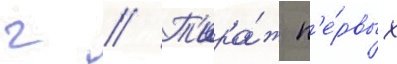
г // Т'ира́ж п'е́рвых